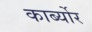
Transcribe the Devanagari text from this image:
कार्ब्योर